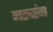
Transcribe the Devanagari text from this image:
गरबांग